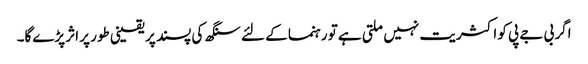
اگر بی جے پی کو اکثریت نہیں ملتی ہے تو رہنما کے لئے سنگھ کی پسند پر یقینی طور پر اثر پڑے‌گا۔